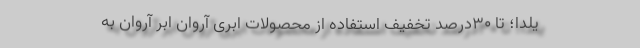
یلدا؛ تا ۳۰درصد تخفیف استفاده از محصولات ابری آروان ابر آروان به‌